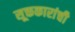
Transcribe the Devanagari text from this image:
सूक्तकारांची